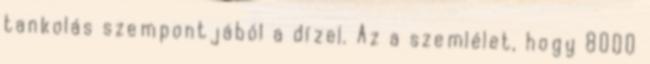
tankolás szempontjából a dízel. Az a szemlélet, hogy 8000